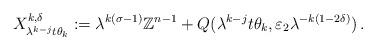
LaTeX: \begin{align*}X^{k, \delta}_{\lambda^{k-j} t\theta_{k}} :=\lambda^{k(\sigma-1)} \mathbb{Z}^{n-1} + Q(\lambda^{k-j} t \theta_{k},\varepsilon_{2} \lambda^{-k(1 - 2\delta)}) \, .\end{align*}